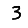
Digit: 3